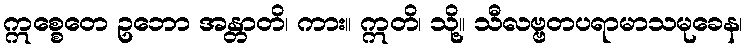
ဣစ္စေတေ ဥဘော အန္တာတိ၊ ကား။ ဣတိ၊ သို့။ သီလဗ္ဗတပရာမာသမုခေန၊